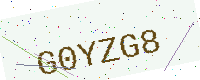
Text: G0YZG8